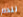
للدم